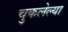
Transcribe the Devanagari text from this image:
चुकलेल्या